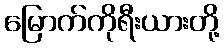
မြောက်ကိုရီးယားတို့